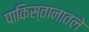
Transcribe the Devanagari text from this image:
पाकिस्तानातले